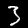
Label: 3